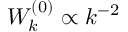
W _ { k } ^ { ( 0 ) } \propto k ^ { - 2 }